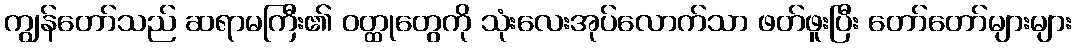
ကျွန်တော်သည် ဆရာမကြီး၏ ဝတ္ထုတွေကို သုံးလေးအုပ်လောက်သာ ဖတ်ဖူးပြီး တော်တော်များများ